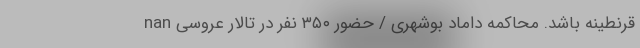
قرنطینه باشد. محاکمه داماد بوشهری / حضور ۳۵۰ نفر در تالار عروسی nan